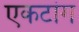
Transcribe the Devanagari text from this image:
एकटांग